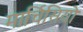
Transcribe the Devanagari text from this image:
मार्चिसियो